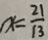
x = \frac { 2 1 } { 1 3 }